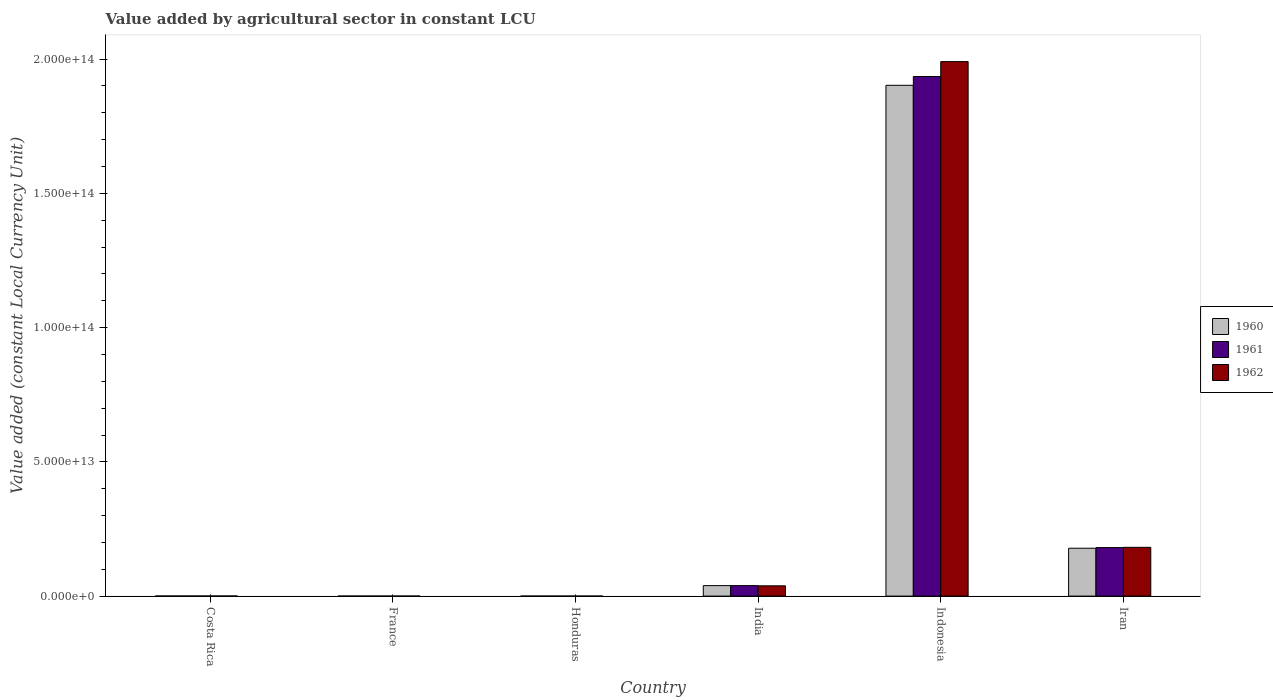
| Country | 1960 | 1961 | 1962 |
 | --- | --- | --- | --- |
 | Costa Rica | 3.24e+10 | 3.36e+10 | 3.57e+10 |
 | France | 1.32e+10 | 1.25e+10 | 1.36e+10 |
 | Honduras | 4.44e+09 | 4.73e+09 | 4.96e+09 |
 | India | 3.9e+12 | 3.91e+12 | 3.83e+12 |
 | Indonesia | 1.9e+14 | 1.94e+14 | 1.99e+14 |
 | Iran | 1.78e+13 | 1.81e+13 | 1.82e+13 |